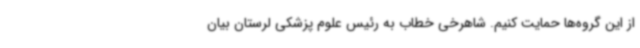
از این گروه‌ها حمایت کنیم. شاهرخی خطاب به رئیس علوم پزشکی لرستان بیان